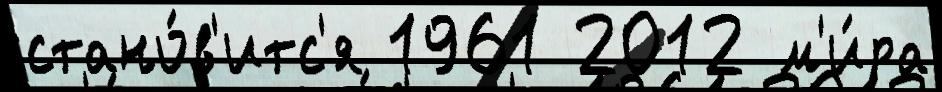
стано́в'итс'я 1961 2012 м'и́ра